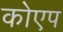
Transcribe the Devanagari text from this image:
कोएप